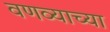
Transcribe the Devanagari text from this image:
वणव्याच्या